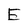
Character: E